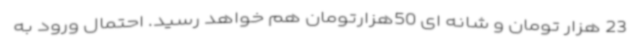
23 هزار تومان و شانه ای 50هزارتومان هم خواهد رسید. احتمال ورود به